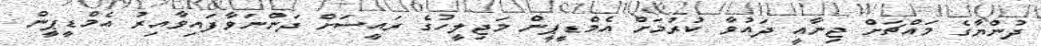
ދުންޔާގެ މައްޗަށް ޖިނާއީ ދައުވާ ކުރުމަށް އެމްޑީޕީން މަޖިލީހުގެ ރައީސަށް ދަންނަވާފައިވާއިރު އެމްޑީޕީން